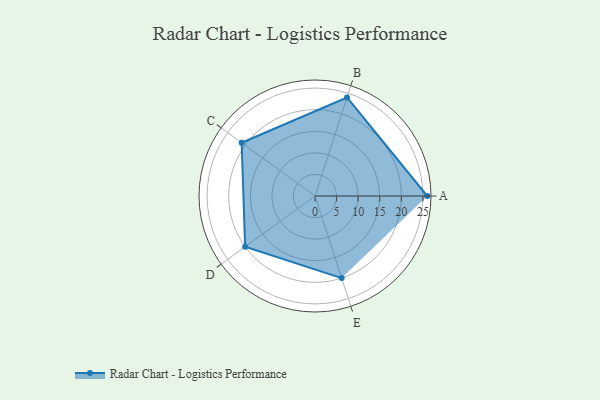
{"axis": {"x": "Skill", "y": "Score"}, "legend": ["Profile"], "data": [{"x": "A", "y": 26.0, "type": "Profile"}, {"x": "B", "y": 24.0, "type": "Profile"}, {"x": "C", "y": 21.0, "type": "Profile"}, {"x": "D", "y": 20, "type": "Profile"}, {"x": "E", "y": 20, "type": "Profile"}]}